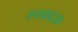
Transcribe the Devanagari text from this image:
एखाद्य़ा